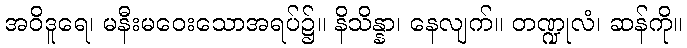
အဝိဒူရေ၊ မနီးမဝေးသောအရပ်၌။ နိသိန္နာ၊ နေလျက်။ တဏ္ဍုလံ၊ ဆန်ကို။